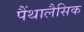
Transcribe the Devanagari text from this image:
पैंथालैसिक